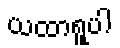
ယထာရူပါ